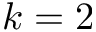
k = 2